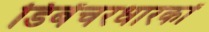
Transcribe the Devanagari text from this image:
डिबेंचरधारकों